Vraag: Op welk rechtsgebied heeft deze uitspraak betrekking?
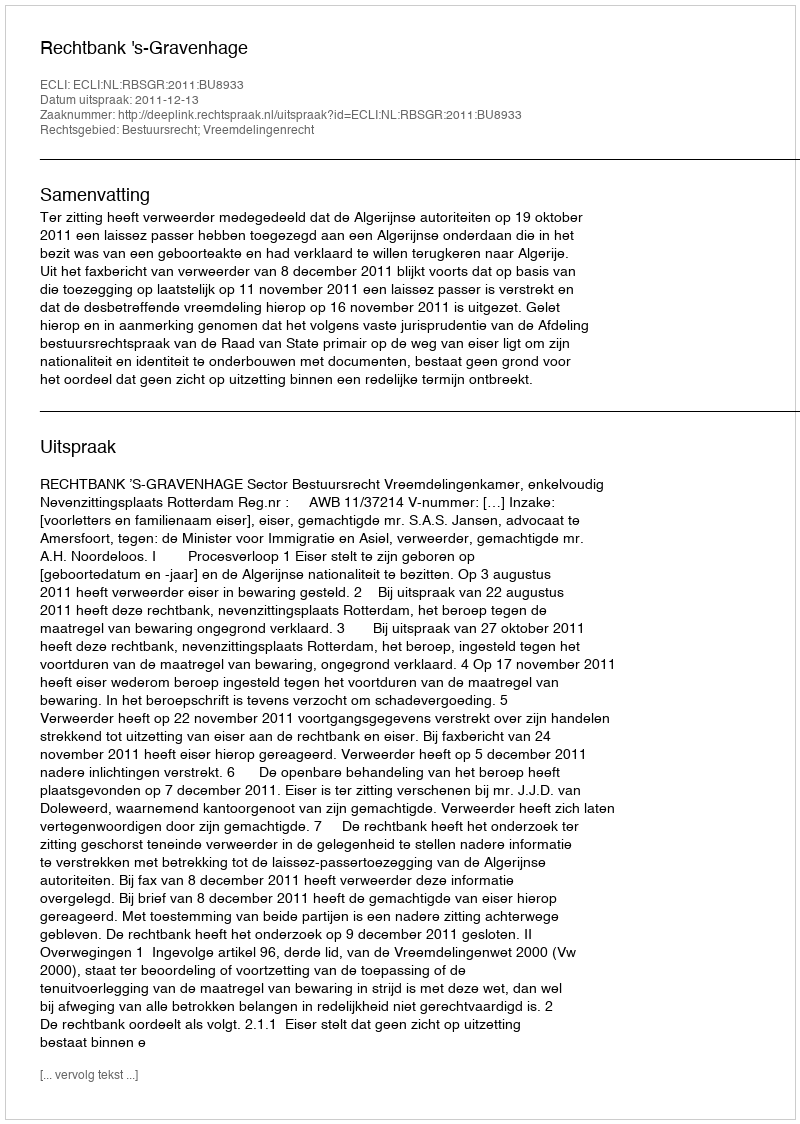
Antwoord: Bestuursrecht; Vreemdelingenrecht